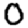
Digit: 0